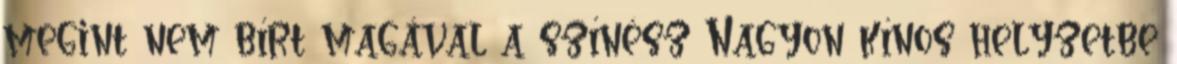
megint nem bírt magával a színész Nagyon kínos helyzetbe